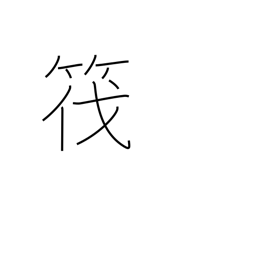
Meaning: raft